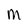
Character: M